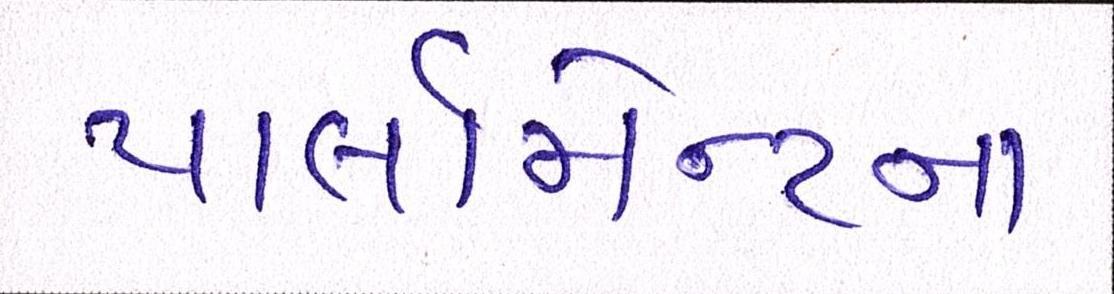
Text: પાર્લામેન્ટના